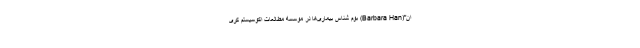
ان"(Barbara Han) بوم شناس بیماری‌ها در موسسه مطالعات اکوسیستم کری